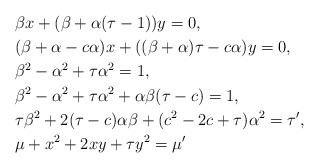
\begin{align*}&\beta x+ (\beta+\alpha(\tau-1))y=0,\\&(\beta+\alpha-c\alpha)x + ((\beta+\alpha)\tau-c\alpha)y=0,\\&\beta^2-\alpha^2 + \tau \alpha^2 = 1,\\&\beta^2-\alpha^2 + \tau \alpha^2 + \alpha\beta(\tau-c)=1,\\&\tau \beta^2 + 2(\tau-c)\alpha\beta + (c^2-2c+\tau)\alpha^2=\tau',\\&\mu+x^2+2xy+\tau y^2=\mu' \end{align*}